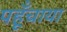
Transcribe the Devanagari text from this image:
पहूँचाया